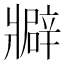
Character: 𤖟